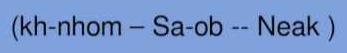
(kh-nhom - Sa-ob -- Neak )